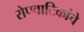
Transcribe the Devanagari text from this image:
रोपवाटिकांचे